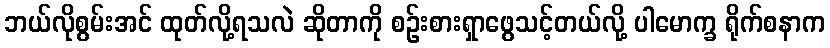
ဘယ်လိုစွမ်းအင် ထုတ်လို့ရသလဲ ဆိုတာကို စဉ်းစားရှာဖွေသင့်တယ်လို့ ပါမောက္ခ ရိုက်စနာက